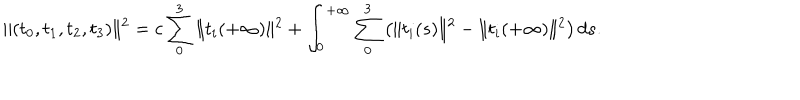
\| ( t _ { 0 } , t _ { 1 } , t _ { 2 } , t _ { 3 } ) \| ^ { 2 } = c \sum _ { 0 } ^ { 3 } \| t _ { i } ( + \infty ) \| ^ { 2 } + \int _ { 0 } ^ { + \infty } \sum _ { 0 } ^ { 3 } \left( \| t _ { i } ( s ) \| ^ { 2 } - \| t _ { i } ( + \infty ) \| ^ { 2 } \right) d s .